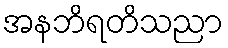
အနဘိရတိသညာ